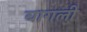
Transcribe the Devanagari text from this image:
बागली